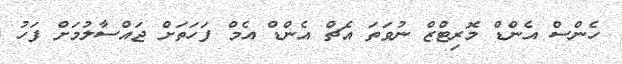
ހެންސް އެންޑް މޮރިޓްޒް ނުވަތަ އެޗް އެންޑް އެމް ފަހަތަށް ޖައްސާލުމަށް ފަހު